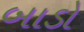
બાડો